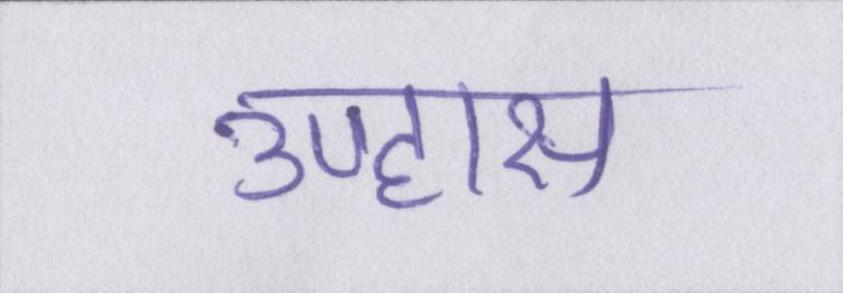
उपहास